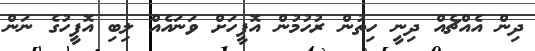
ދިން އެއްޗެއް ދިނީ ހިތުން ރުހުމުން އޮފީހަށް ވަނައެއް ލިބި އޮފީހުގެ ނަން